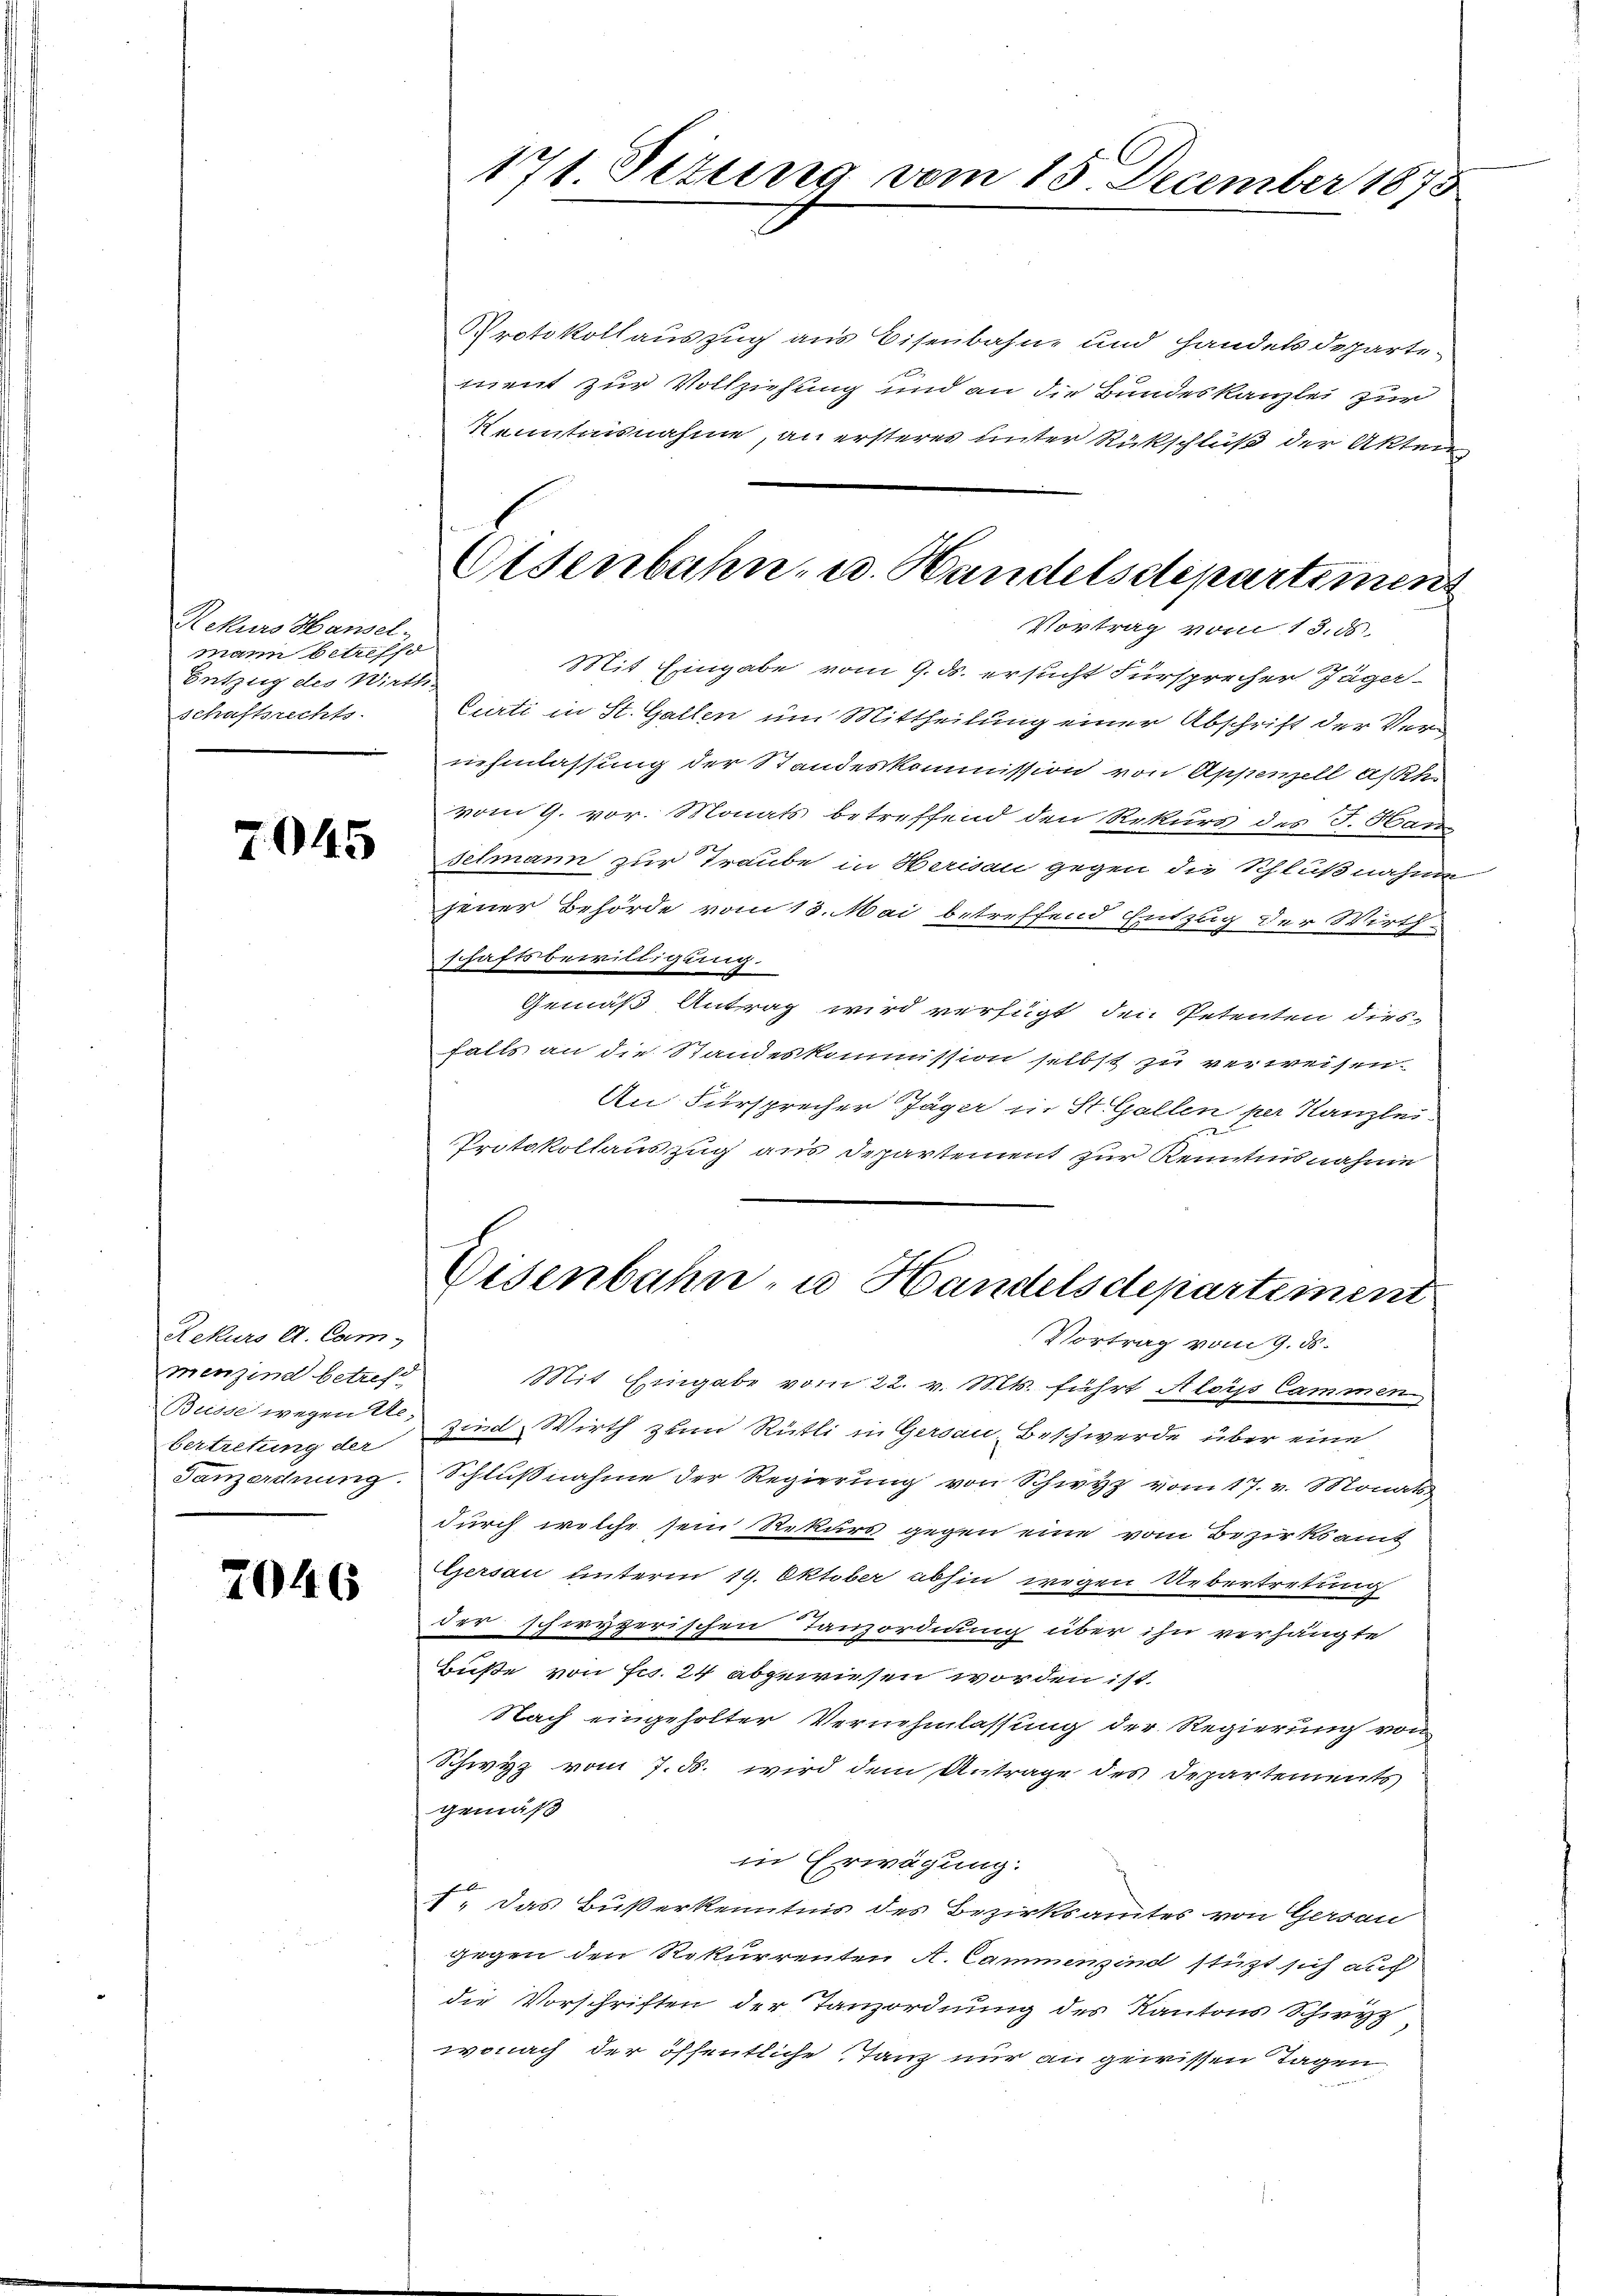
Rekurs Hansel
mann betreffd
Entzug des Wirthschaftsrechts.

2045

Rekurs d. Cam
menzind betreff
bertretung der
Ganzordnung.

2046

171. Setung vom 15. December 1873

Protokollauszug aus Eisenbahne und Handelsdepartement zur Vollziehung und an die Bundeskanzlei zur
Kenntnisnahme, an ersteres unter Rückschluß der Akten
Mit Eingabe vom 9. ds. ersucht Fürsprecher Jäger
Curti in St. Gallen um Mittheilung einer Abschrift der Vernehmlassung der Standeskommission von Appenzell a/Rh.
vom 9. vor. Monats betreffend den Rekurs des J. Stanz
selmann zur Traube in Herisau gegen die Schlußnahme
jener Behörde vom 13. Mai betreffend Entzug der Wirth
schaftsbewilligung.
Gemäß Antrag wird verfügt den Petenten diesfalls an die Standeskommission selbst zu verweisen.
An Fürsprecher Jäger in St. Gallen per Kanzlei-
Protokollauszug aus Departement zur Kenntnisnahme
Eisenbahn- u. Handelsdepartement
Vortrag vom 9. ds.
Mit Eingabe vom 22. v. Mts. führt Aloys Cammen
Busse wegen, sind Wirth zum Rütli in Gersau, Beschwerde über eine
Schlußnahme der Regierung von Schwyz vom 17. v. Monats
durch welche sein Rekurs gegen eine vom Bezirksamt
Gersau unterm 19. Oktober abhin wegen Uebertretung
der schiryzerischen Tanzordnung über ihn verhängte
Buße von Fr. 24 abgewiesen worden ist.
Nach eingeholter Vernehmlassung der Regierung von
Schwyz vom 7. d. wird dem Antrage des Departements
gemäß
in Erwägung.
I. Das Bußerkenntnis des Bezirksamtes von Gersau
gegen den Rekurrenten A. Cammenzind stützt sich auf
die Vorschriften der Tanzordnung des Kantons Schwyz
wonach der öffentliche Tanz nur an gewissen Tagen

Oldenbahn- u. Handelsstepartement
Vortrag vom 13. ds.